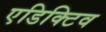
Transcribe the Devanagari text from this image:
एडिक्टिव